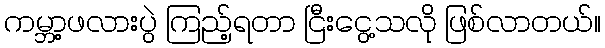
ကမ္ဘာ့ဖလားပွဲ ကြည့်ရတာ ငြီးငွေ့သလို ဖြစ်လာတယ်။